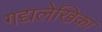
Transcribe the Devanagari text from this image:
गद्यलेखिका